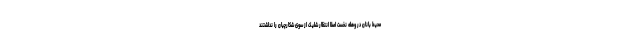
محیط بانان در وهله نخست اصلا انتظار شلیک از سوی شکارچیان را نداشتند